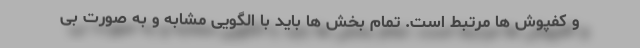
و کفپوش ها مرتبط است. تمام بخش ها باید با الگویی مشابه و به صورت بی